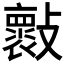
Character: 𣀤